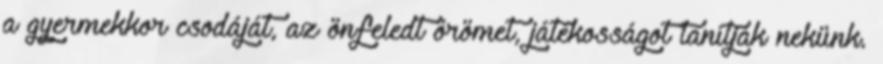
a gyermekkor csodáját, az önfeledt örömet, játékosságot tanítják nekünk.